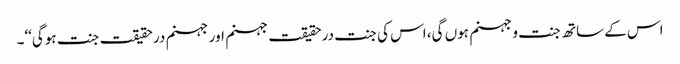
اس کے ساتھ جنت و جہنم ہوں گی، اس کی جنت درحقیقت جہنم اور جہنم درحقیقت جنت ہوگی‘‘۔